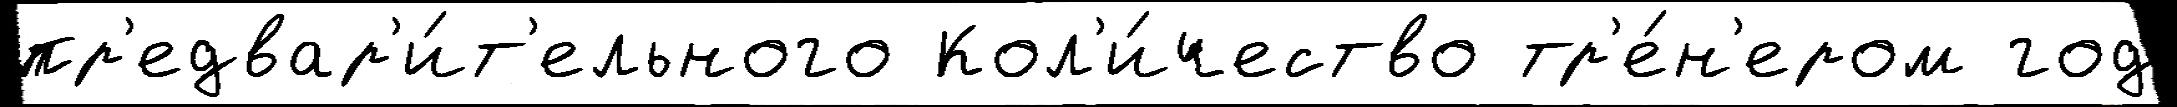
пр'едвар'и́т'ельного Кол'и́чество тр'е́н'ером год